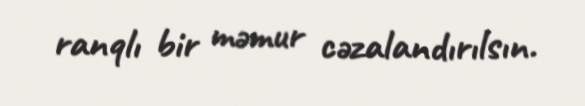
ranqlı bir məmur cəzalandırılsın.